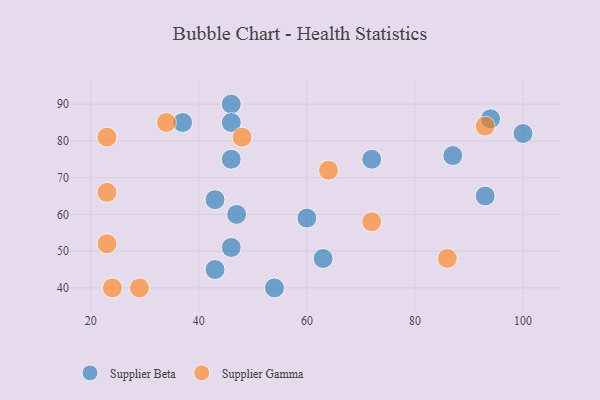
{"axis": {"x": "GDP", "y": "Life Expectancy"}, "legend": ["Supplier Beta", "Supplier Gamma"], "data": [{"x": "43", "y": 45, "type": "Supplier Beta"}, {"x": "46", "y": 90, "type": "Supplier Beta"}, {"x": "46", "y": 85, "type": "Supplier Beta"}, {"x": "94", "y": 86, "type": "Supplier Beta"}, {"x": "63", "y": 48, "type": "Supplier Beta"}, {"x": "43", "y": 64, "type": "Supplier Beta"}, {"x": "87", "y": 76, "type": "Supplier Beta"}, {"x": "72", "y": 75, "type": "Supplier Beta"}, {"x": "46", "y": 75, "type": "Supplier Beta"}, {"x": "54", "y": 40, "type": "Supplier Beta"}, {"x": "93", "y": 65, "type": "Supplier Beta"}, {"x": "47", "y": 60, "type": "Supplier Beta"}, {"x": "46", "y": 51, "type": "Supplier Beta"}, {"x": "60", "y": 59, "type": "Supplier Beta"}, {"x": "100", "y": 82, "type": "Supplier Beta"}, {"x": "37", "y": 85, "type": "Supplier Beta"}, {"x": "23", "y": 52, "type": "Supplier Gamma"}, {"x": "23", "y": 66, "type": "Supplier Gamma"}, {"x": "29", "y": 40, "type": "Supplier Gamma"}, {"x": "48", "y": 81, "type": "Supplier Gamma"}, {"x": "23", "y": 81, "type": "Supplier Gamma"}, {"x": "24", "y": 40, "type": "Supplier Gamma"}, {"x": "64", "y": 72, "type": "Supplier Gamma"}, {"x": "72", "y": 58, "type": "Supplier Gamma"}, {"x": "93", "y": 84, "type": "Supplier Gamma"}, {"x": "86", "y": 48, "type": "Supplier Gamma"}, {"x": "34", "y": 85, "type": "Supplier Gamma"}]}